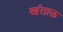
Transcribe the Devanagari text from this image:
खंताऊ